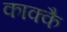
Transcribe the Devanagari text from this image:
काक्कै